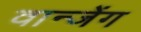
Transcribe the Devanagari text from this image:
वान्जेंग